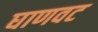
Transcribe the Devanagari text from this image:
घाणवट